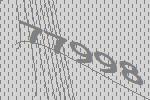
77998